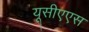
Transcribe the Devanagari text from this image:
यूसीएएस